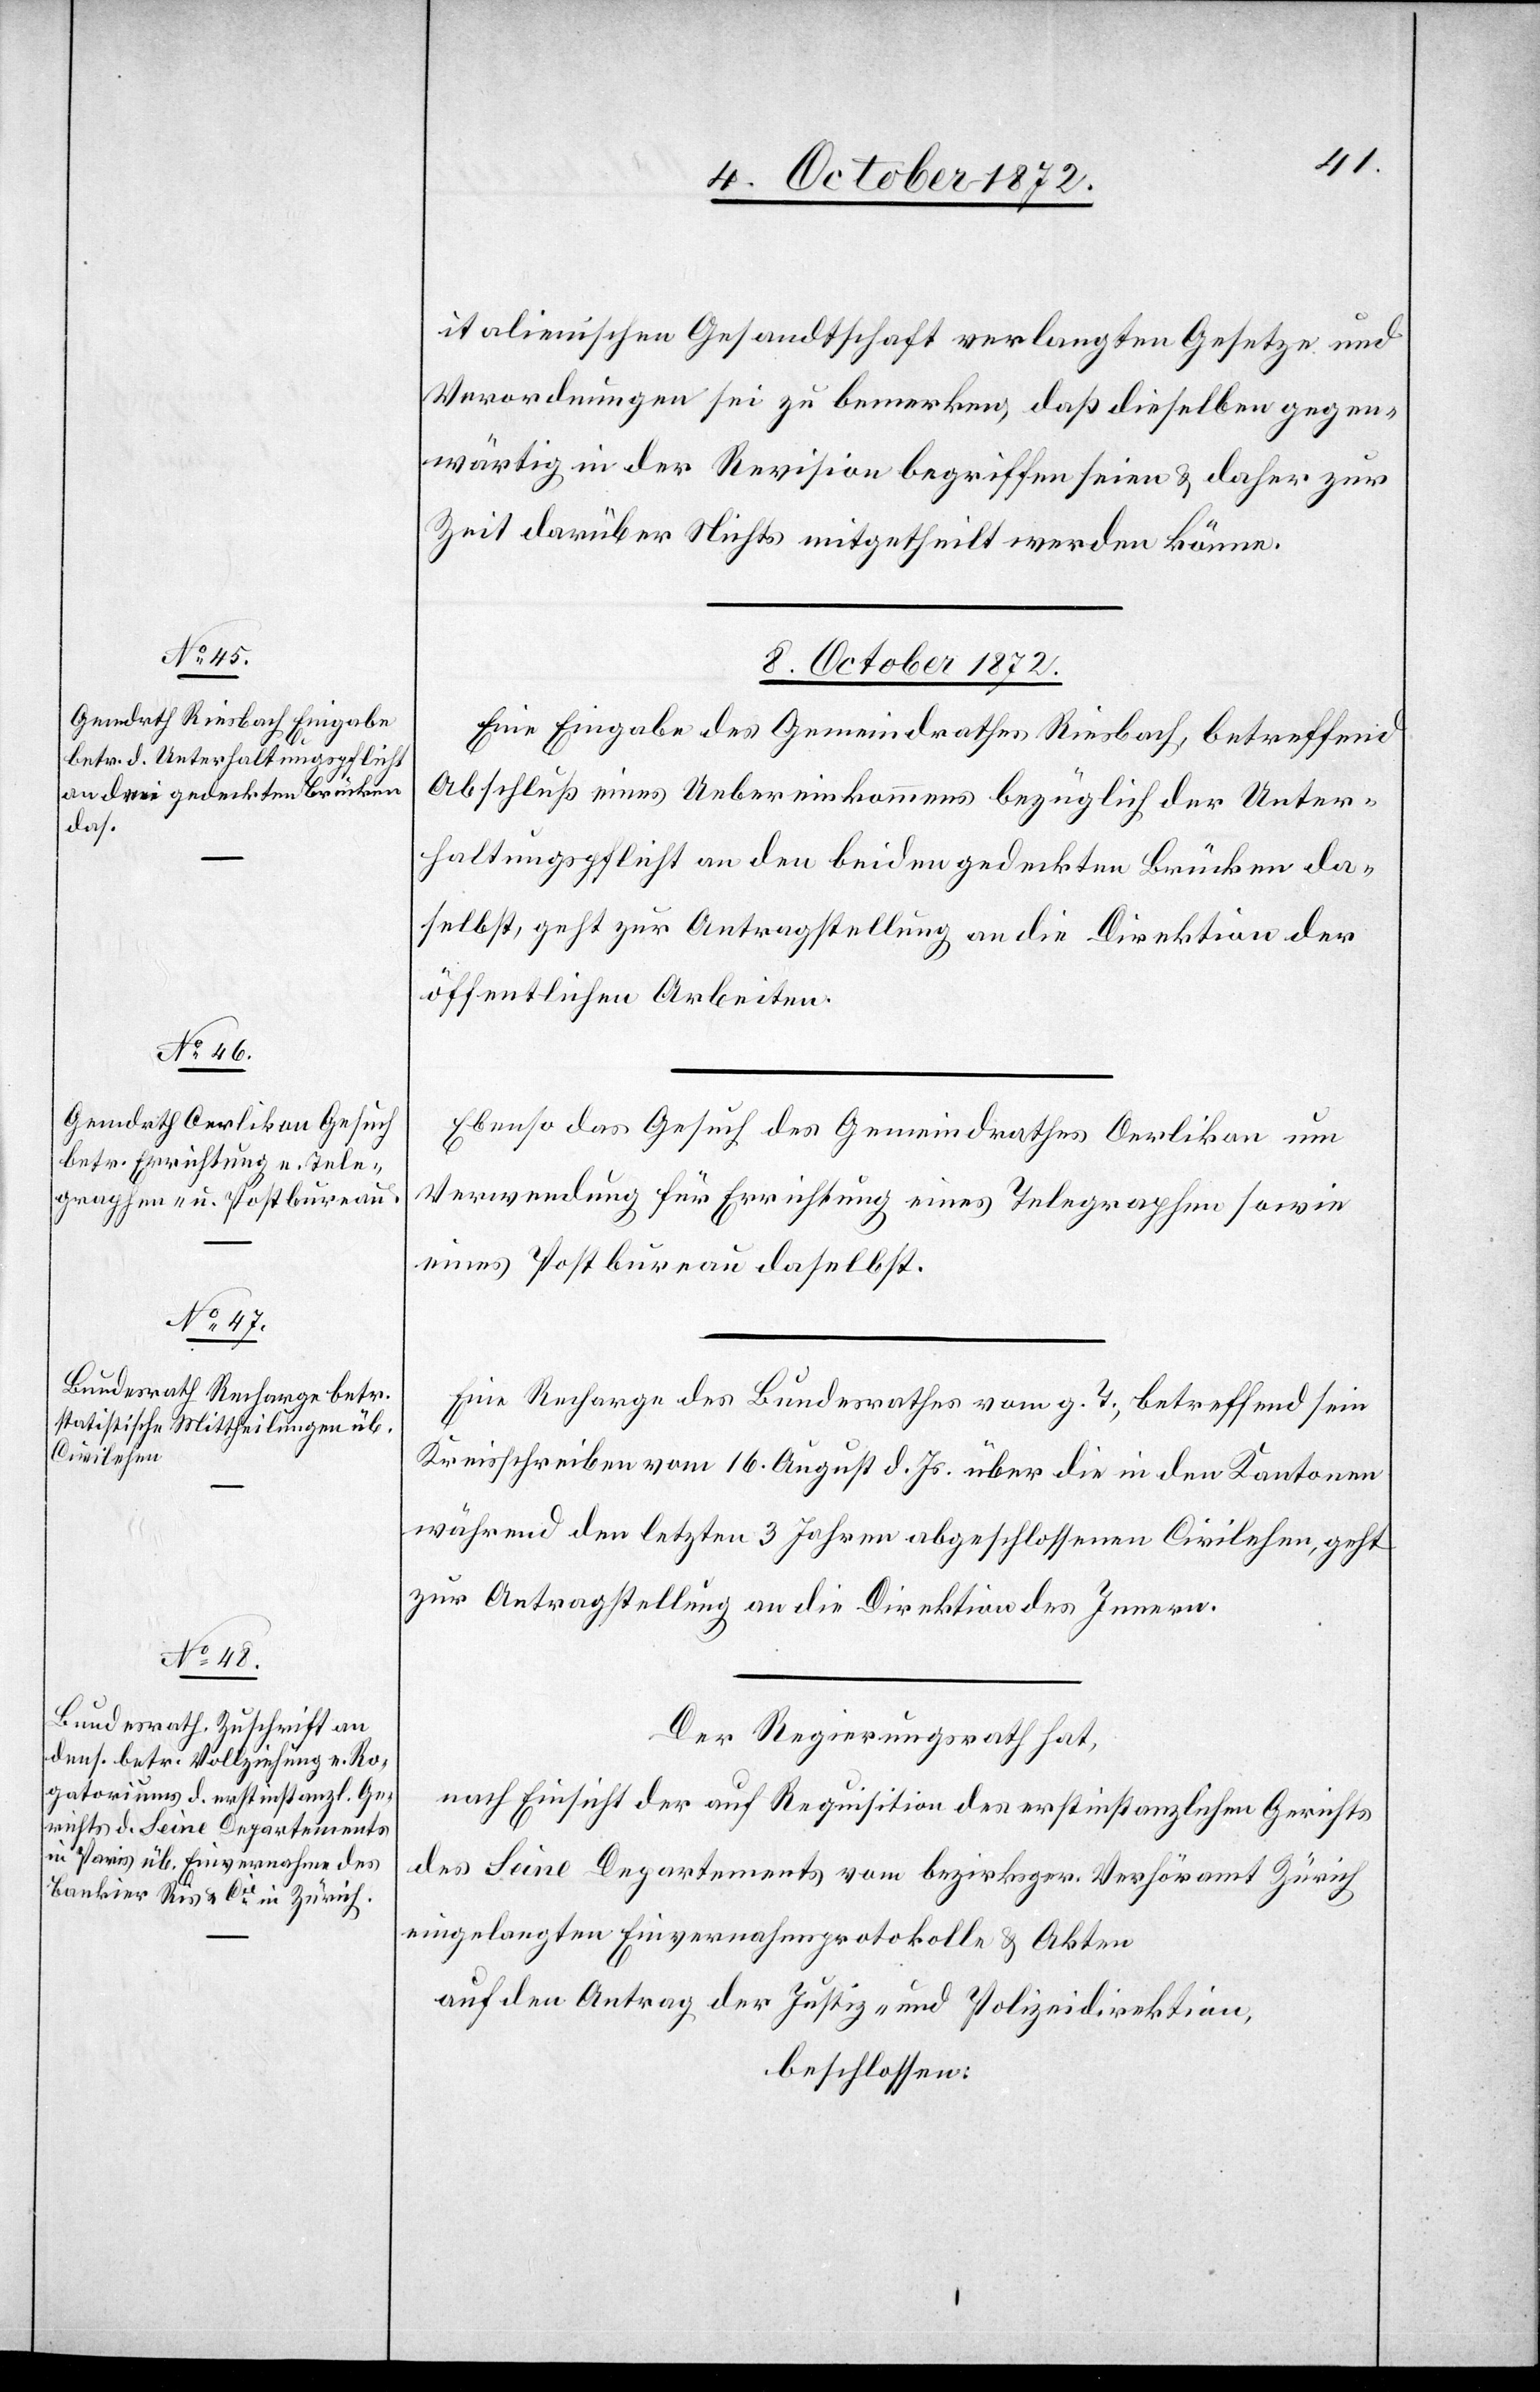
italienischen Gesandtschaft verlangten Gesetze und
Verordnungen sei zu bemerken, daß dieselben gegen¬
wärtig in der Revision begriffen seien u. daher zur
Zeit darüber Nichts mitgetheilt werden könne.
8. October 1872.]
Eine Eingabe des Gemeindrathes Riesbach, betreffend
Abschluß eines Uebereinkommens bezüglich der Unter¬
haltungspflicht an den beiden gedeckten Brücken da¬
selbst, geht zur Antragstellung an die Direktion der
öffentlichen Arbeiten.
Ebenso das Gesuch des Gemeindrathes Oerlikon um
Verwendung für Errichtung eines Telegraphen sowie
eines Postbureau daselbst.
Eine Recharge des Bundesrathes vom g. T., betreffend sein
Kreisschreiben vom 16. August d. Js. über die in den Kantonen
während den letzten 3 Jahren abgeschlossenen Civilehen, geht
zur Antragstellung an die Direktion des Innern.
Der Regierungsrath hat,
nach Einsicht der auf Requisition des erstinstanzlichen Gerichts
des Seine Departements vom bezirksger. Verhöramt Zürich
eingelangten Einvernahmsprotokolle u. Akten
auf den Antrag der Justiz- und Polizeidirektion,
beschlossen: